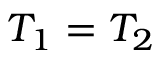
T _ { 1 } = T _ { 2 }